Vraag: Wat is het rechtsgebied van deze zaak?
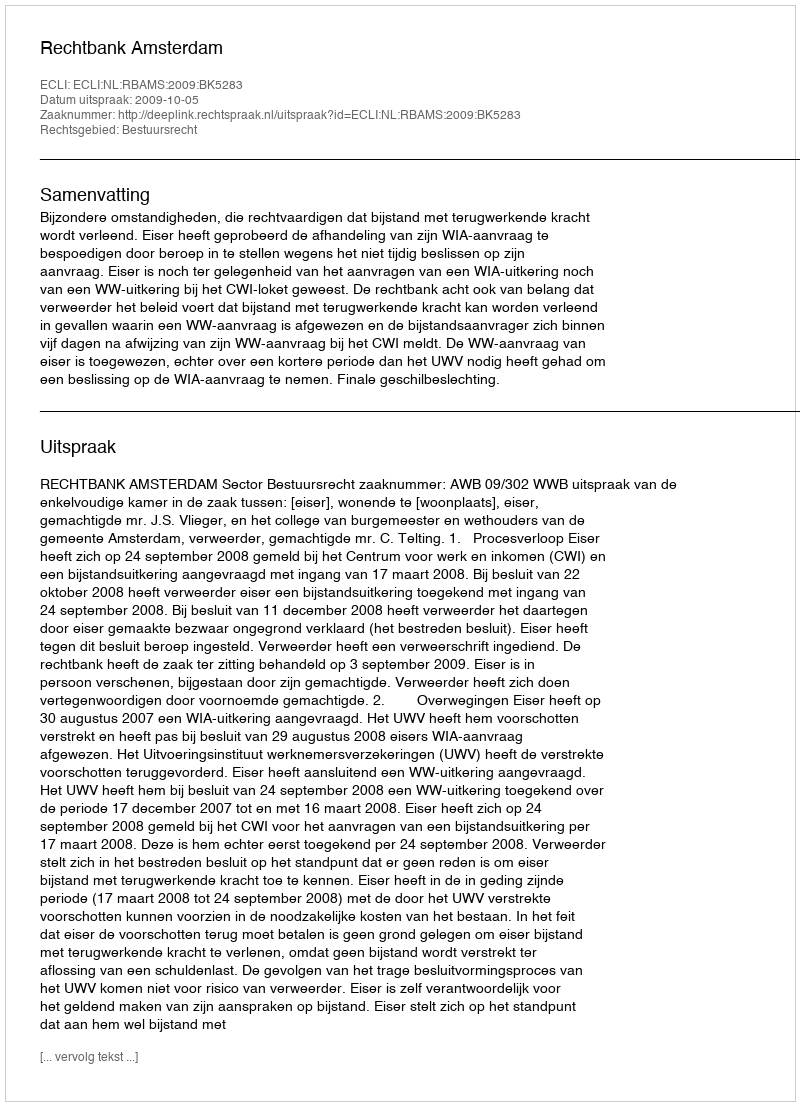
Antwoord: Bestuursrecht